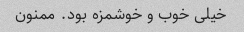
خیلی خوب و خوشمزه بود. ممنون